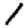
Digit: 1